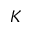
K